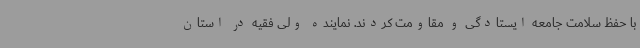
با حفظ سلامت جامعه ایستادگی و مقاومت کردند. نماینده ولی فقیه در استان